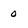
Character: 0